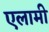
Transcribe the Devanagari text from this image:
एलामी